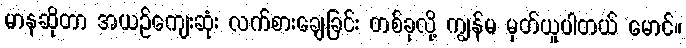
မာနဆိုတာ အယဉ်ကျေးဆုံး လက်စားချေခြင်း တစ်ခုလို့ ကျွန်မ မှတ်ယူပါတယ် မောင်။